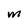
Character: M